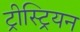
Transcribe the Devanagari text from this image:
ट्रीस्ट्रियन